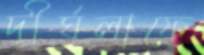
দীর্ঘলাফে